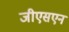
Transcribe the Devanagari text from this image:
जीएसएन